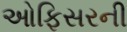
ઓફિસરની